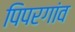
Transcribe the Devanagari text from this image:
पिपरगांव